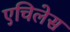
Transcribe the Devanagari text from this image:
एचिलेस